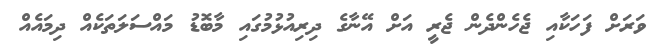
ވަރަށް ފަހަކާއި ޖެހެންދެން ޖެރީ އަށް އޭނާގެ ދިރިއުޅުމުގައި މާބޮޑު މައްސަލަތަކެއް ދިމައެއް